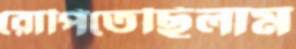
রোপিতেছিলাম